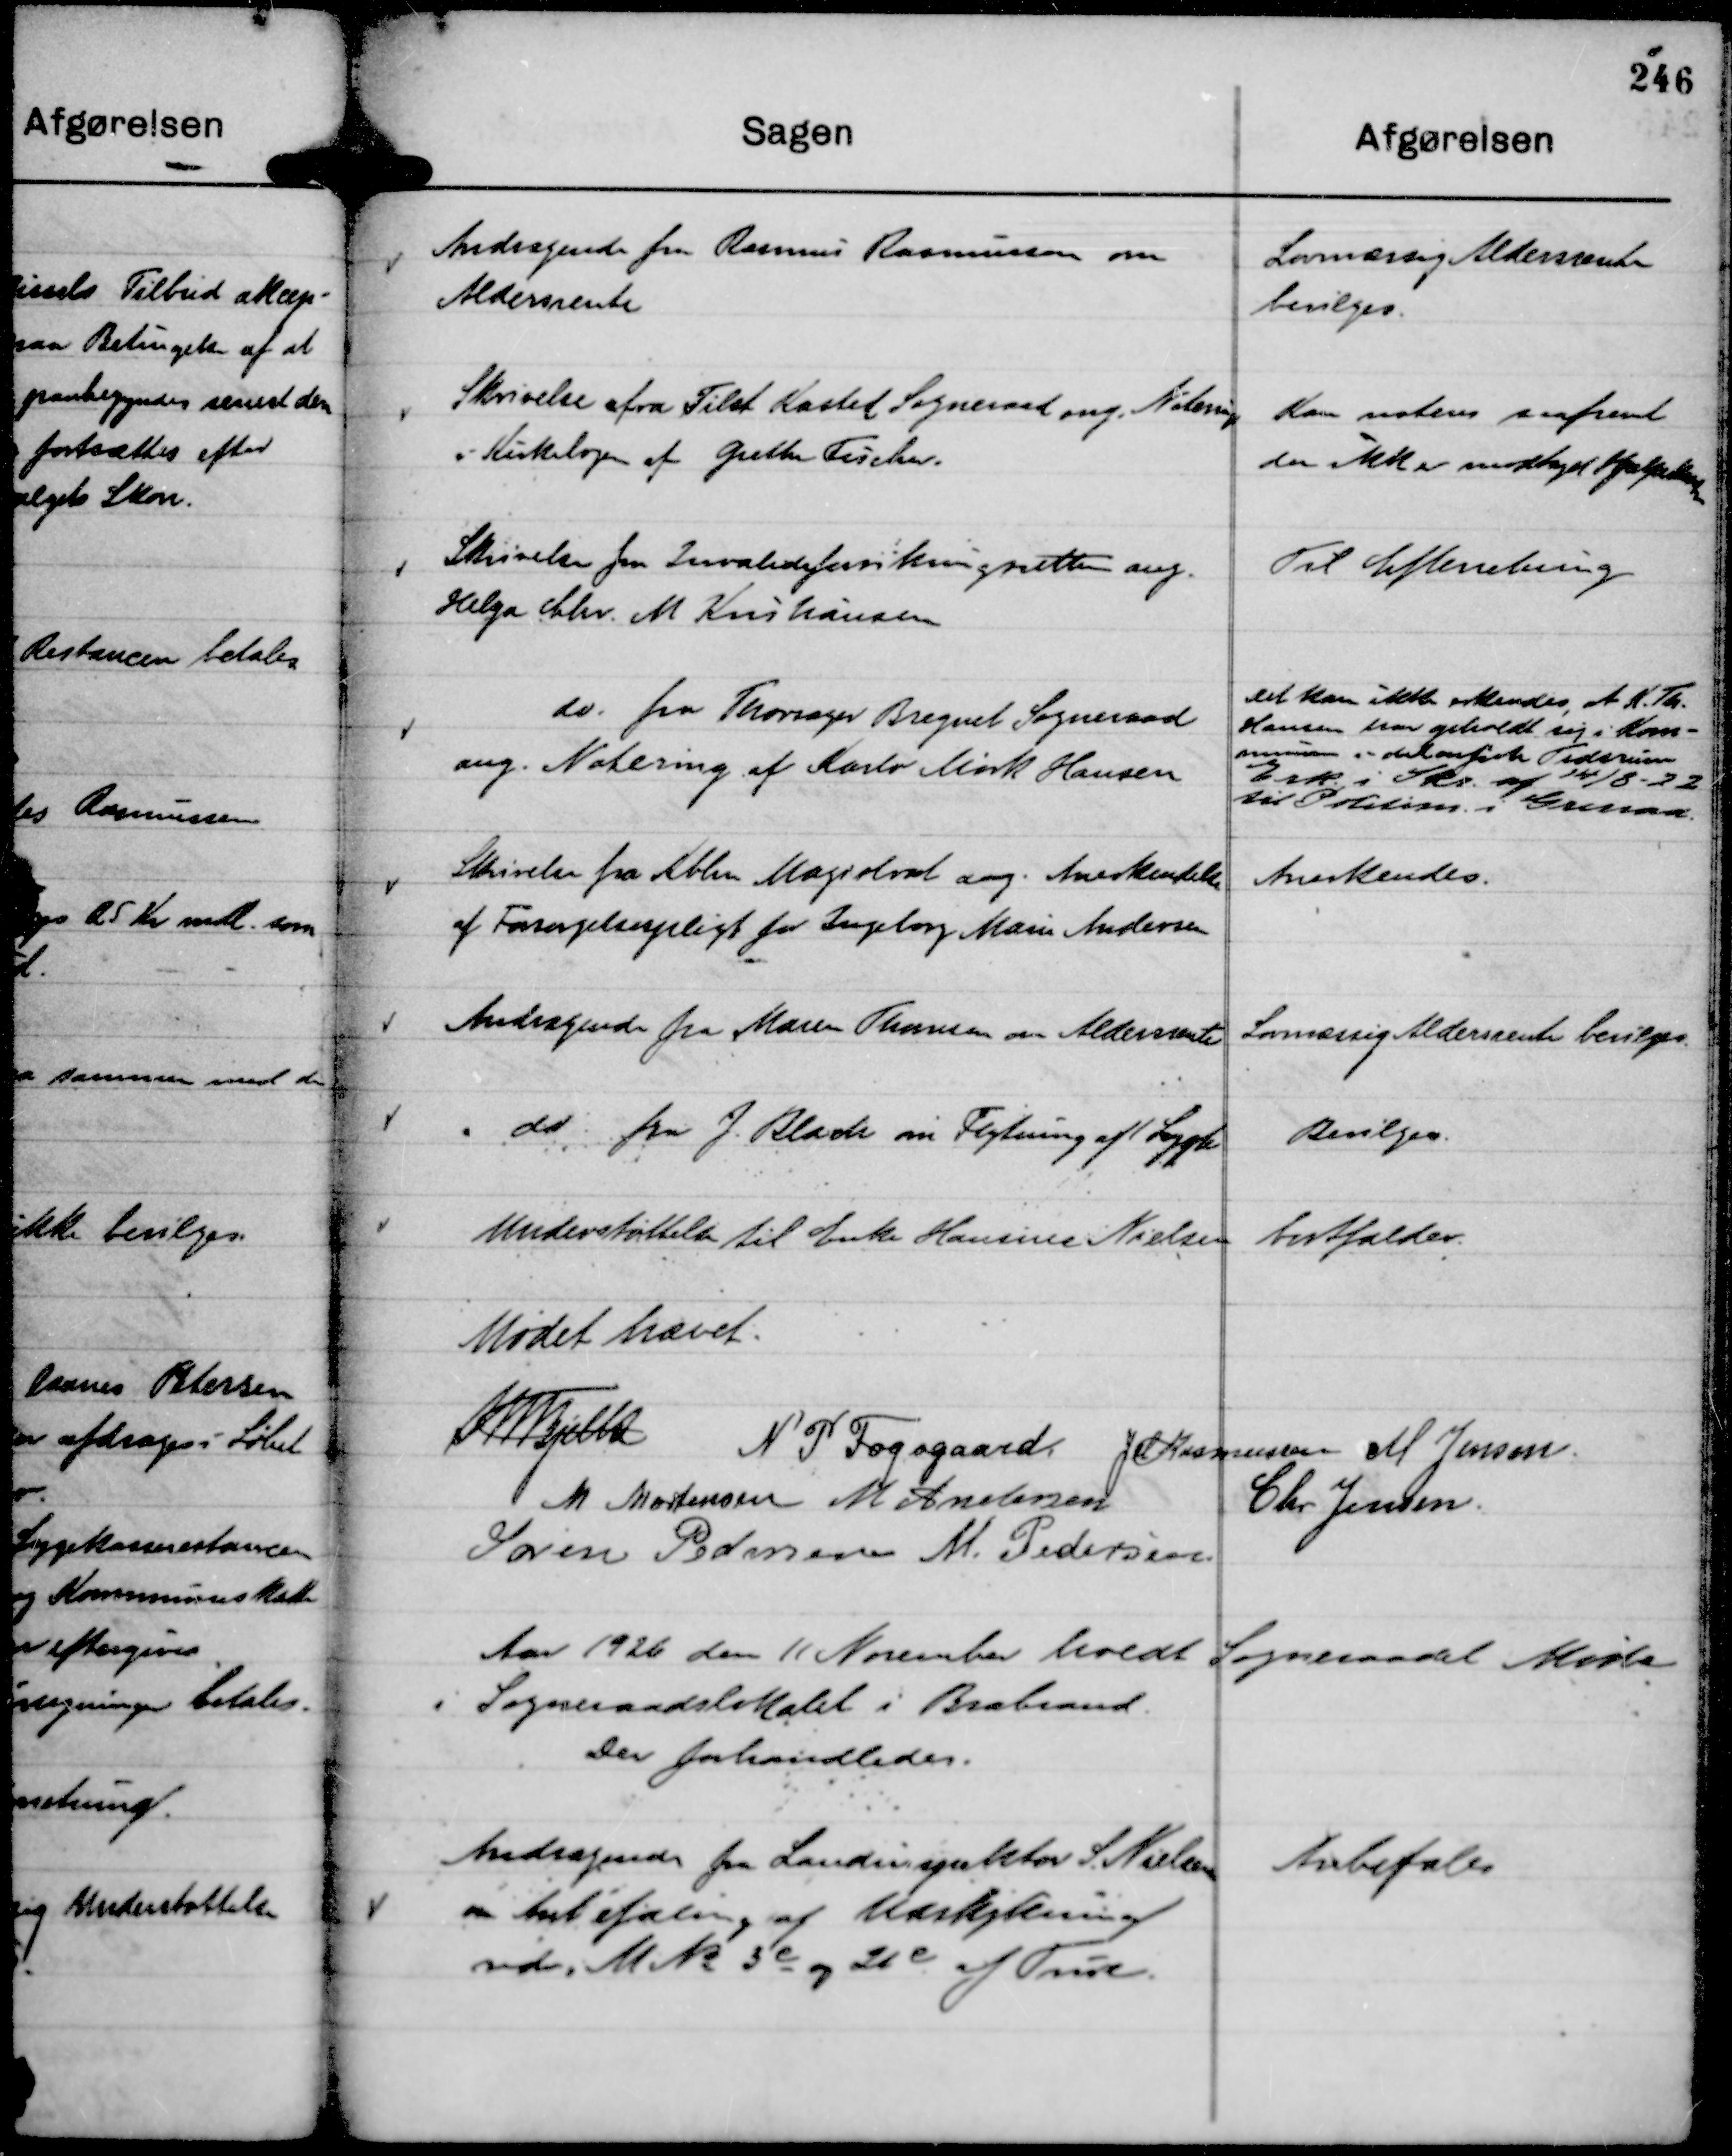
Transskription:
Andragende fra Rasmus Rasmussen om
Aldersrente

Lovmæssig Aldersrente
bevilges.

Skrivelse afra Tilst Kasted Sogneraad ang. Notering
i Kirkebogen af Grethe Fischer.

Kan noteres saafremt
der ikk er modtaget Hjælpekasse

Skrivelse fra Invalideforsikringsretten ang.
Helga Chr. M Kristiansen

Til Efterretning

do. fra Thorsager Bregnet Sogneraad
ang. Notering af Karlo Mørk Hansen

Det kan ikke erkendes, at K. Th.
Hansen har opholdt sig i Kom-
munen i det anførte Tidsrum
Erk. i Skr. af 14/8 - 22
til Politim. i Grenaa.

Skrivelse fra Kbhn Magistrat ang. Anerkendelse
af Forsørgelsespligt for Ingeborg Marie Andersen

Anerkendes.

Andragende fra Maren Thomsen om Aldersrente

Lovmæssig Aldersrente bevilges.

do fra J. Blach om Flytning af 1 Lygte

Bevilges.

Understøttelse til Enke Hansine Nielsen

bortfalder.

Mødet hævet.
Th Bjelke
N P Fogsgaard.
JM Rasmussen
M Jensen.
M Mortensen
M Andersen
Chr Jensen.
Søren Pedersen
M. Pedersen.

Aar 1926 den 11 November holdt Sogneraadet Møde
i Sogneraadslokalet i Brabrand.
Der forhandledes.

Andragende fra Landinspektør S. Nielsen
om Anbefaling af Udstykning
vedr. M No 3 e og 26 e af True.

Anbefales